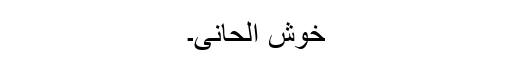
خوش الحانی۔